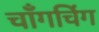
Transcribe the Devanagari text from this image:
चाँगचिंग